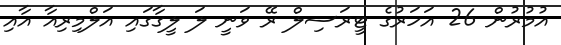
އުމުރުން 26 އަހަރުގެ ޓީރަސިލް ރޭ ވަނީ ލަ ލީގާގައި އަލްމިރިއާ އާއި